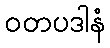
ဝတပဒါနံ